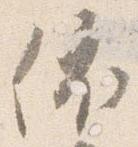
依